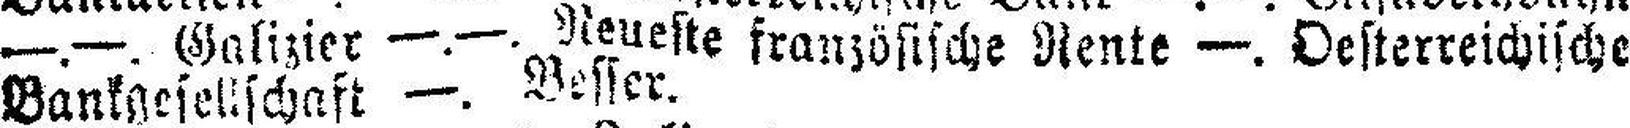
—.—. Galizier —.—. Neueste französische Rente —. Oesterreichische